Civil Veterinary Department. Madras. Admin. report 1910-25 - 1910-1925
Year: 1910
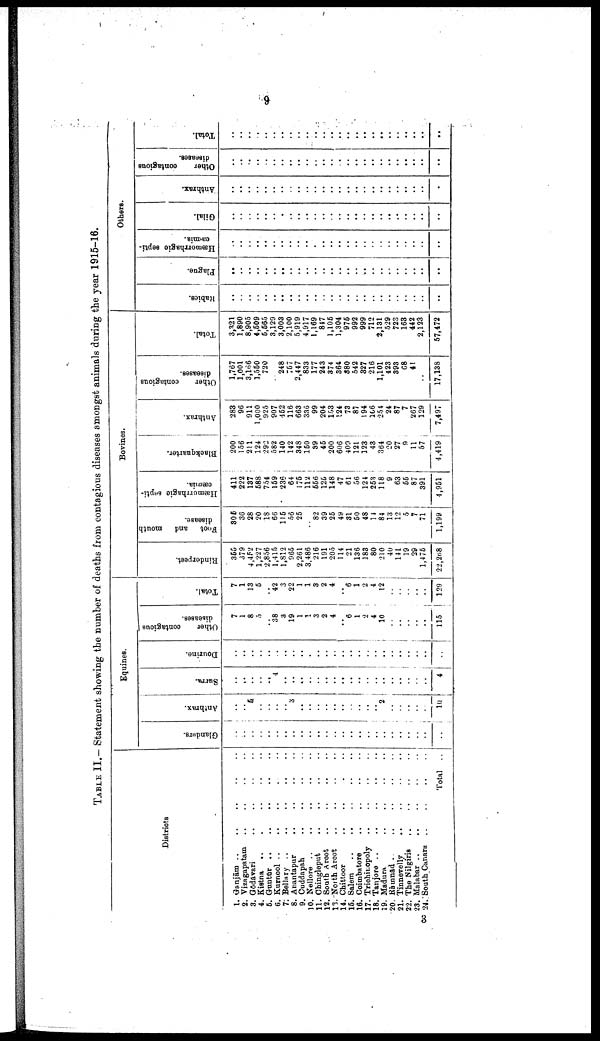
9
TABLE II. –– Statement showing the number of deaths from contagious diseases amongst animals during the year 1915-16.
Districts
1. Ganjām
..
..
..
..
..
2. Vizagapatam
..
..
..
..
3. Gōdāvari
..
..
..
..
4. Kistna
..
.
..
..
..
5. Guntūr .. .. .. .. ..
6. Kurnool
..
..
..
.
..
7. Bellary
..
..
..
..
..
8. Anantapur
..
..
..
..
9. Cuddapah .. .. .. ..
10. Nellore
..
..
..
..
..
11. Chingleput
..
..
..
..
12. South Arcot
..
..
..
..
13. North Arcot
..
..
..
..
14. Chittoor
..
..
..
..
16. Salem
..
..
..
..
..
16. Coimbatore
..
..
..
..
17. Trichinopoly
..
..
..
..
18. Tanjore
..
..
..
..
..
19. Madura
..
..
..
..
20. Rāmnad
..
..
..
..
21. Tinnevelly
..
..
..
..
22. The Nilgiris
..
..
..
..
23. Malabar
..
..
..
..
..
24. South Canara
..
..
..
..
Total ..
Equines.
Glanders.
..
..
..
..
..
..
..
..
..
..
..
..
..
..
..
..
..
..
..
..
..
..
..
..
..
Anthrax.
..
..
5
..
..
..
..
3
..
..
..
..
..
..
..
..
..
..
2
..
..
..
..
..
10
Surra.
..
..
..
..
..
4
..
..
..
..
..
..
..
..
..
..
..
..
..
..
..
..
..
..
4
Dourine.
..
..
..
..
..
..
..
..
..
..
..
..
..
..
..
..
..
..
..
..
..
..
..
..
..
Other
contagious
diseases.
7
1
8
5
..
38
3
19
1
1
3
2
4
..
6
1
2
4
10
..
..
..
..
..
115
Total.
7
1
13
5
..
42
3
22
1
1
3
2
4
..
6
1
2
4
12
..
..
..
..
..
129
Bovines.
Rinderpest.
355
379
4,452
1,227
2,856
1,415
1,812
965
2,261
3,486
216
191
205
114
21
136
183
80
210
40
141
19
29
1,475
22,268
Foot and mouth
disease.
305
36
28
20
18
66
115
56
26
..
82
39
25
49
31
50
48
11
84
13
12
5
7
71
1,199
Hæmorrhagic septi
cæmia.
411
222
137
588
754
159
236
64
175
112
556
125
148
47
61
56
124
253
118
9
63
55
87
391
4,951
Blackquarter.
200
156
211
124
292
582
140
142
348
150
39
45
200
606
409
121
123
43
364
20
27
9
11
57
4,419
Anthrax.
283
96
911
1,000
925
907
452
116
663
336
99
204
153
124
73
87
194
106
254
24
87
7
267
129
7,497
Other
contagious
diseases.
1,767
1,001
3,166
1,550
720
248
757
2,447
833
177
243
374
364
380
542
327
216
1,101
423
393
68
41
..
17,138
Total.
3,321
1,890
8,905
4,509
5,565
3,129
3,003
2,100
5,919
4,917
1,169
847
1,105
1,304
975
992
999
712
2,131
529
723
163
442
2,123
57,472
Others.
Rabies.
..
..
..
..
..
..
..
..
..
..
..
..
..
..
..
..
..
..
..
..
..
..
..
..
..
Plague.
..
..
..
..
..
..
..
..
..
..
..
..
..
..
..
..
..
..
..
..
..
..
..
..
..
Hæmorrhagic septi
cæmia.
..
..
..
..
..
..
..
..
..
..
.
..
..
..
..
..
..
..
..
..
..
..
..
..
..
Gilal.
..
..
..
..
..
..
..
..
..
..
..
..
..
..
..
..
..
..
..
..
..
..
..
..
..
Anthrax.
..
..
..
..
..
..
..
..
..
..
..
..
..
..
..
..
..
..
..
..
..
..
..
..
..
Ot her contagious
diseases.
..
..
..
..
..
..
..
..
..
..
..
..
..
..
..
..
..
..
..
..
..
..
..
..
..
Total.
..
..
..
..
..
..
..
..
..
..
..
..
..
..
..
..
..
..
..
..
..
..
..
..
..
3